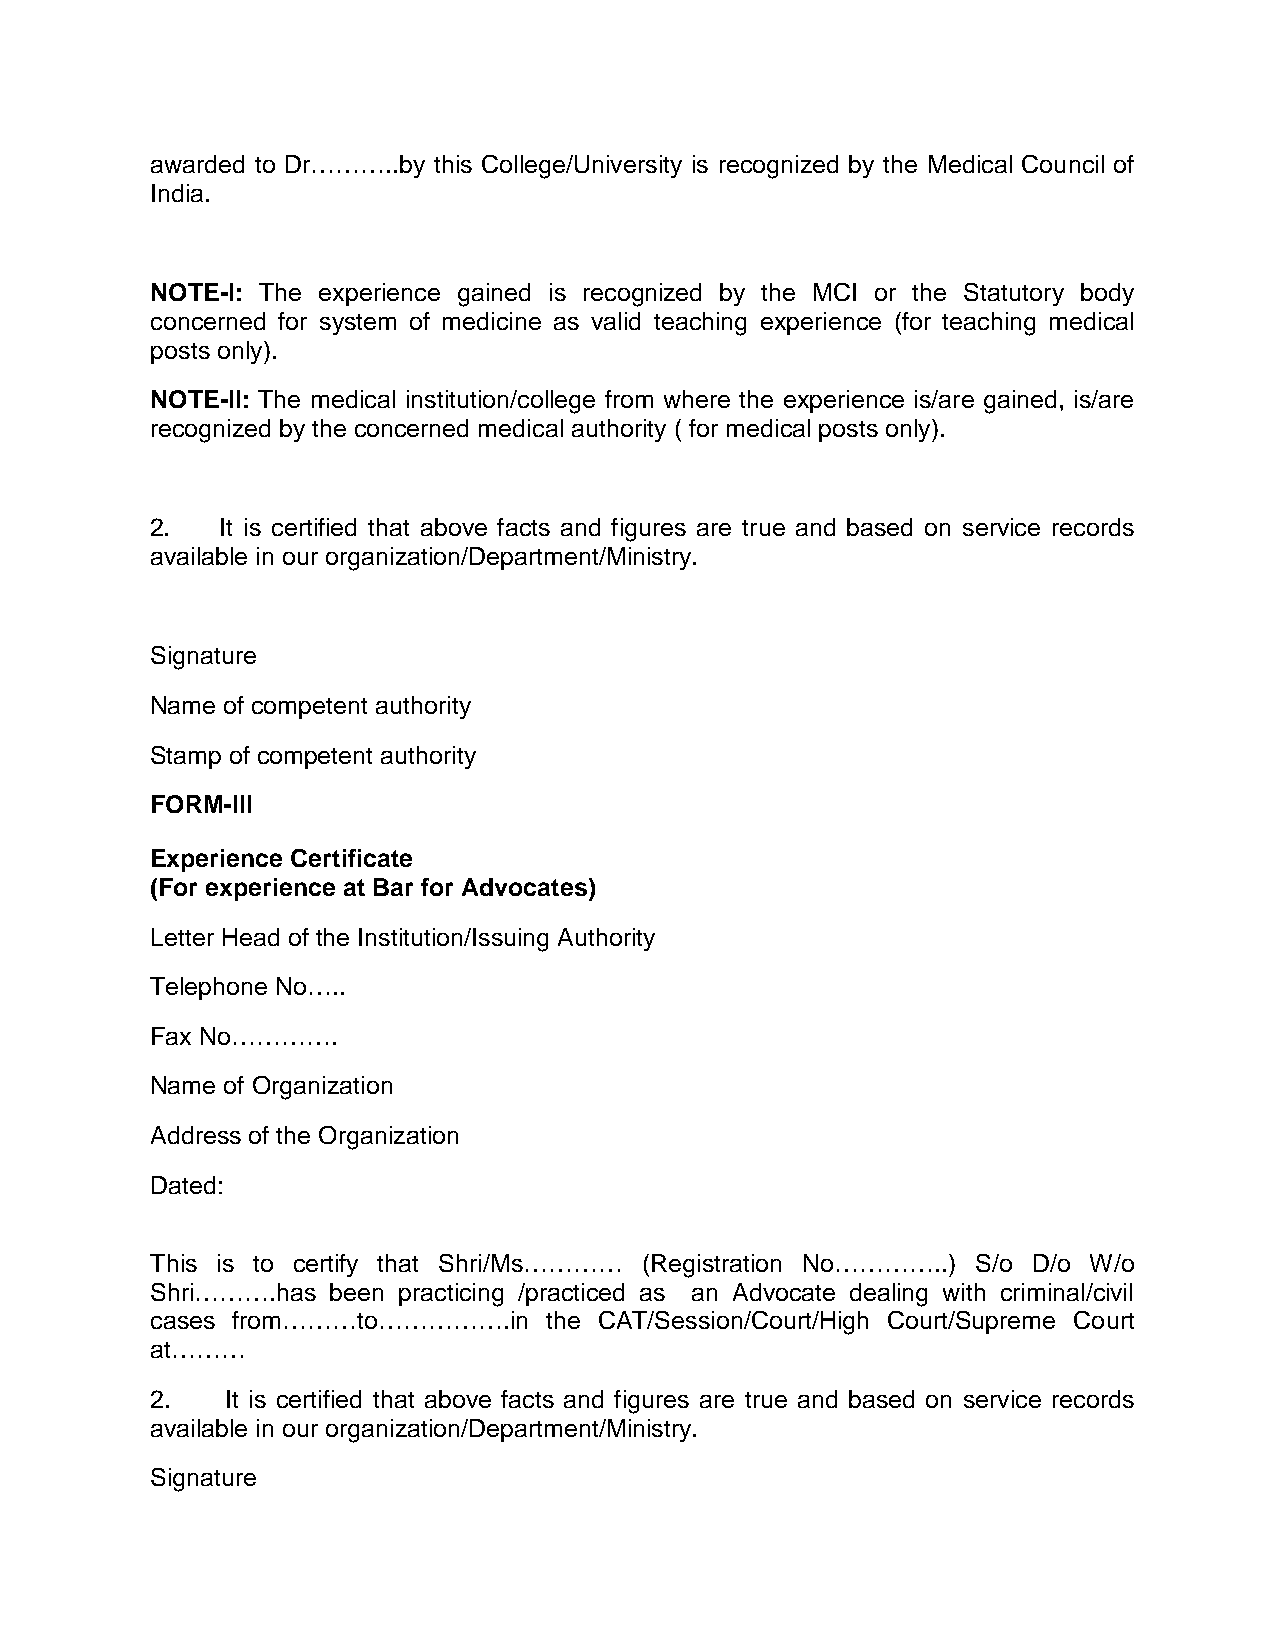
awarded to Dr………..by this College/University is recognized by the Medical Council of
 India.
 NOTE-I: The experience gained is recognized by the MCI or the Statutory body
 concerned for system of medicine as valid teaching experience (for teaching medical
 posts only).
 NOTE-II: The medical institution/college from where the experience is/are gained, is/are
 recognized by the concerned medical authority ( for medical posts only).
 2.   It is certified that above facts and figures are true and based on service records
 available in our organization/Department/Ministry.
 Signature
 Name of competent authority
 Stamp of competent authority
 FORM-III
 Experience Certificate
 (For experience at Bar for Advocates)
 Letter Head of the Institution/Issuing Authority
 Telephone No…..
 Fax No………….
 Name of Organization
 Address of the Organization
 Dated:
 This is to certify that Shri/Ms………… (Registration No…………..) S/o D/o W/o
 Shri……….has been practicing /practiced as an Advocate dealing with criminal/civil
 cases from………to…………….in   the CAT/Session/Court/High Court/Supreme Court
 at………
 2.   It is certified that above facts and figures are true and based on service records
 available in our organization/Department/Ministry.
 Signature